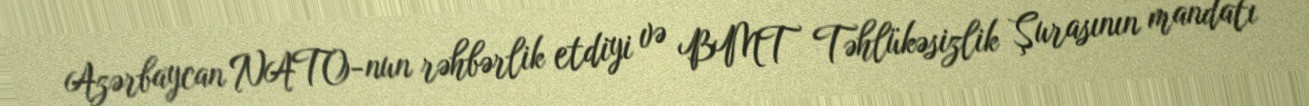
Azərbaycan NATO-nun rəhbərlik etdiyi və BMT Təhlükəsizlik Şurasının mandatı